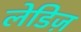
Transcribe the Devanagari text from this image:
लेडिज़